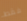
فقط